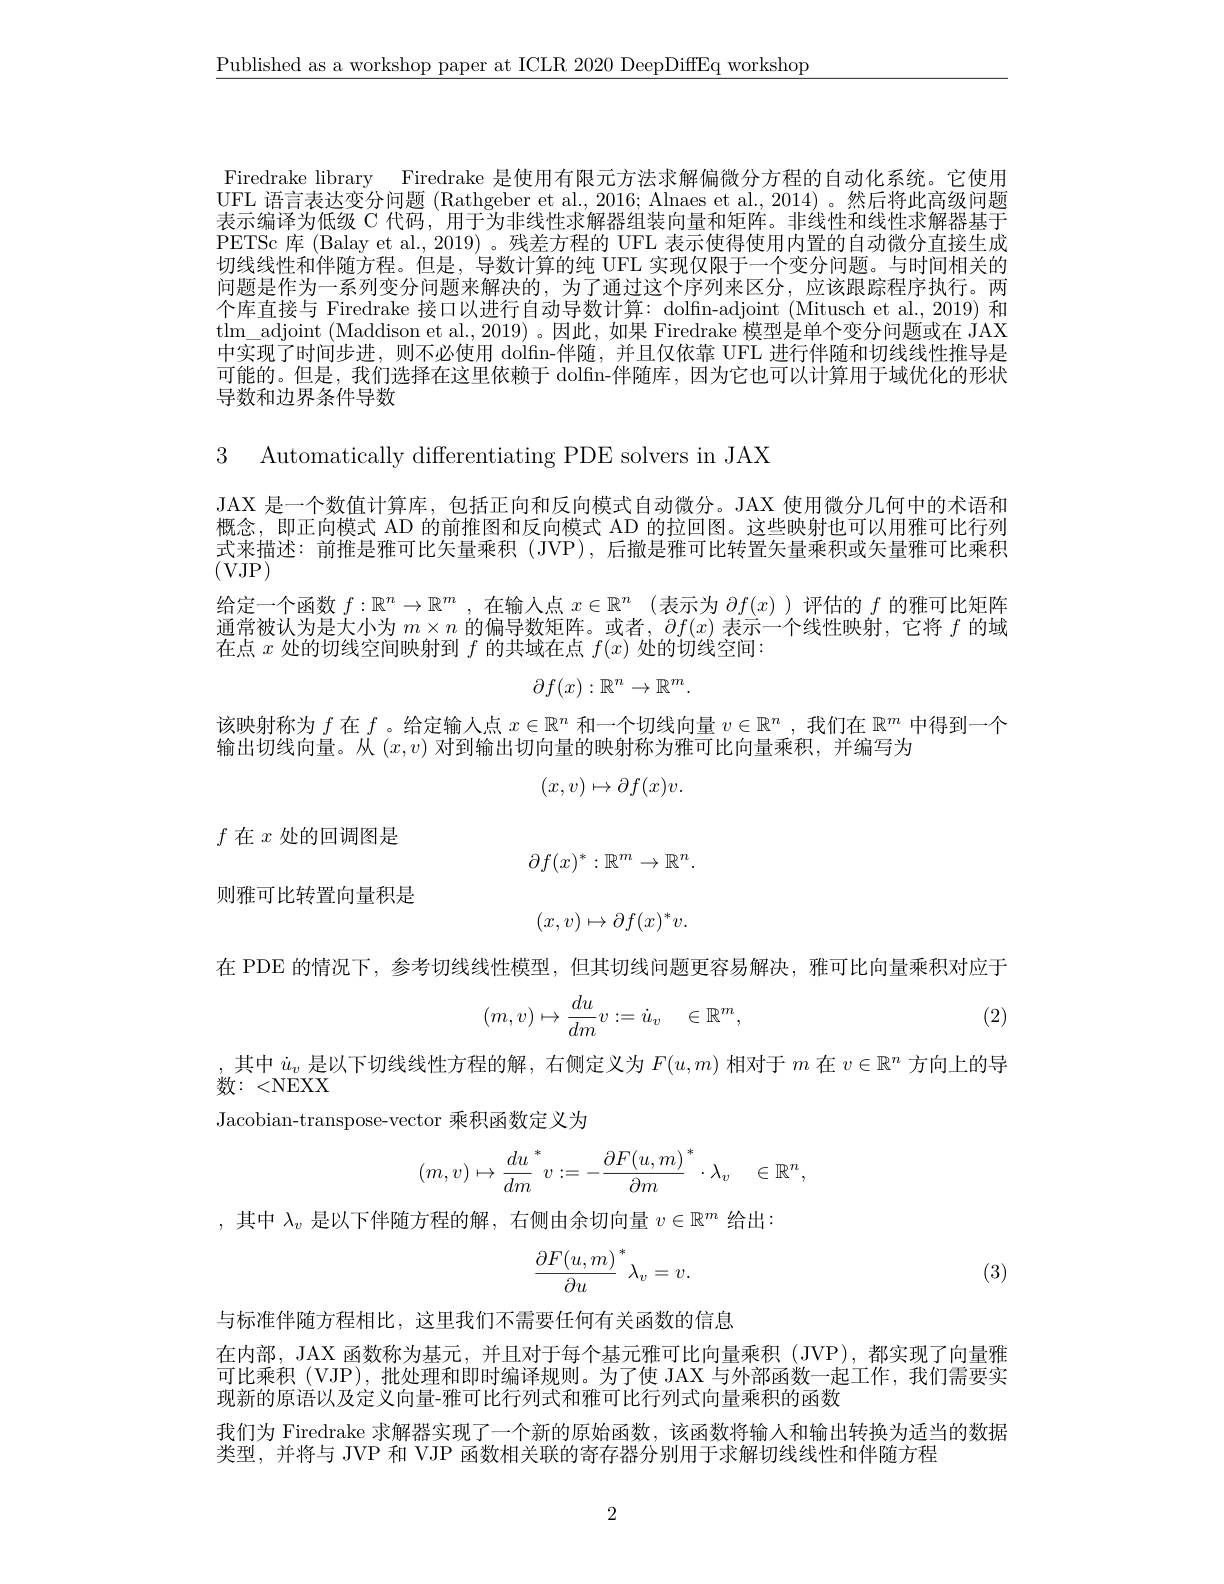
$\underline{\text{Published as a workshop paper at ICLR 2020 DeepDiffEq workshop}}$

Firedrake library Firedrake 是使用有限元方法求解偏微分方程的自动化系统。它使用UFL 语言表达变分问题 (Rathgeber et al., 2016; Alnaes et al., 2014)。然后将此高级问题表示编译为低级 C 代码，用于为非线性求解器组装向量和矩阵。非线性和线性求解器基于PETSc 库 (Balay et al., 2019) 。残差方程的 UFL 表示使得使用内置的自动微分直接生成切线线性和伴随方程。但是，导数计算的纯 UFL 实现仅限于一个变分问题。与时间相关的问题是作为一系列变分问题来解决的，为了通过这个序列来区分，应该跟踪程序执行。两个库直接与 Firedrake 接口以进行自动导数计算：dolfin-adjoint (Mitusch et al., 2019) 和tlm$\_$adjoint ( Maddison et al. , 2019) 。因 此 , 如果 Firedrake 模型是单个变分问题或在 JAX 中实现了时间步进，则不必使用 dolfn-伴随，并且仅依靠 UFL 进行伴随和切线线性推导是可能的。但是，我们选择在这里依赖于 dolfin-伴随库，因为它也可以计算用于域优化的形状导数和边界条件导数

3 Automatically differentiating PDE solvers in JAX

JAX 是一个数值计算库，包括正向和反向模式自动微分。JAX 使用微分几何中的术语和概念，即正向模式 AD 的前推图和反向模式 AD 的拉回图。这些映射也可以用雅可比行列式来描述：前推是雅可比矢量乘积 (JVP), 后撤是雅可比转置矢量乘积或矢量雅可比乘积(VJP)
给定一个函数$f:\mathbb{R}^n\to\mathbb{R}^m$ ,在输入点$x\in \mathbb{R} ^n$ (表示为$\partial f(x)$ )评估的$f$的雅可比矩阵通常被认为是大小为$m\times n$的偏导数矩阵。或者，$\partial f(x)$表示一个线性映射，它将$f$的域在点$x$处的切线空间映射到$f$的共域在点$f(x)$处的切线空间：
$$\partial f(x):\mathbb{R}^n\to\mathbb{R}^m.$$
该映射称为$f$在$f$ 。给定输人点$x\in\mathbb{R}^n$和一个切线向量$v\in\mathbb{R}^n$ ,我们在$\mathbb{R}^m$中得到一个
输出切线向量。从$(x,v)$对到输出切向量的映射称为雅可比向量乘积，并编写为
$$(x,v)\mapsto\partial f(x)v.$$
$f$在$x$处的回调图是
$$\partial f(x)^*:\mathbb{R}^m\to\mathbb{R}^n.$$
则雅可比转置向量积是
$$\begin{matrix}(x,v)\mapsto\partial f(x)^*v.\end{matrix}$$
在 PDE 的情况下，参考切线线性模型，但其切线问题更容易解决，雅可比向量乘积对应于
$$(m,v)\mapsto\frac{du}{dm}v:=\dot{u}_v\quad\in\mathbb{R}^m,$$
(2)

,其中$\dot{u}_v$是以下切线线性方程的解，右侧定义为$F(u,m)$相对于$m$在$v\in\mathbb{R}^n$方向上的导
数：{<}NEXX
Jacobian-transpose-vector 乘积函数定义为
$$(m,v)\mapsto\frac{du}{dm}^*v:=-\frac{\partial F(u,m)}{\partial m}^*\cdot\lambda_v\quad\in\mathbb{R}^n,$$
,其中$\lambda_v$是以下伴随方程的解，右侧由余切向量$v\in\mathbb{R}^m$给出：
$$\frac{\partial F(u,m)}{\partial u}^*\lambda_v=v.$$
(3)

与标准伴随方程相比，这里我们不需要任何有关函数的信息
在内部，JAX 函数称为基元，并且对于每个基元雅可比向量乘积 (JVP), 都实现了向量雅可比乘积(VJP),批处理和即时编译规则。为了使 JAX 与外部函数一起工作，我们需要实现新的原语以及定义向量-雅可比行列式和雅可比行列式向量乘积的函数
我们为 Firedrake 求解器实现了一个新的原始函数，该函数将输人和输出转换为适当的数据
类型，并将与 JVP 和 VJP 函数相关联的寄存器分别用于求解切线线性和伴随方程

2